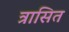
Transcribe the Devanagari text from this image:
त्रासित